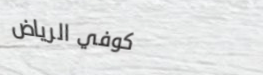
كوفي الرياض